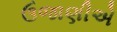
ઉજાણીએ